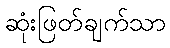
ဆုံးဖြတ်ချက်သာ